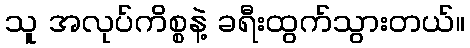
သူ အလုပ်ကိစ္စနဲ့ ခရီးထွက်သွားတယ်။